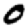
Digit: 0